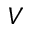
V